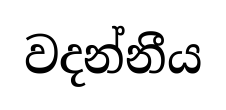
වදන්නීය